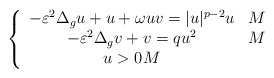
\begin{align*}\left\{ \begin{array}{cc}-\varepsilon^{2}\Delta_{g}u+u+\omega uv=|u|^{p-2}u & M\\-\varepsilon^{2}\Delta_{g}v+v=qu^{2} & M\\u>0M\end{array}\right.\end{align*}